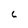
Character: 6